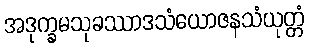
အဒုက္ခမသုခဿာဒသံယောဇနသံယုတ္တံ